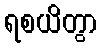
ရစယိတွာ